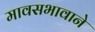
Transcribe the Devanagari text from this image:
मावसभावाने